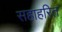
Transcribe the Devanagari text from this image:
सहाहरित